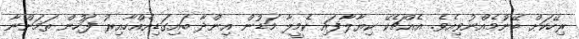
ރިހޭކަށް ބޭނުމެއްނުވިއެވެ. އެއްޗެކޭ ކިޔާލާފައި ކެމީލާ މަޑުން އިންދާ ބައިގަޑިއެއްހާއިރު ފަހުން ތަމަންނާ